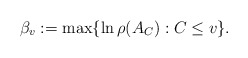
\begin{align*}\beta_v:=\max\{\ln\rho(A_C):C\leq v\}.\end{align*}